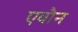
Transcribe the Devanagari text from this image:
एवौन